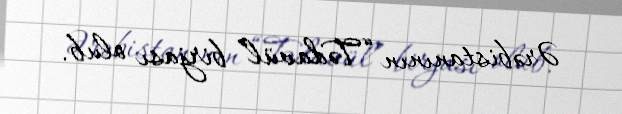
Ərəbistanının “Tədavül” birjası olub.